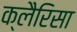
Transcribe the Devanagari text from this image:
क्लैरिसा